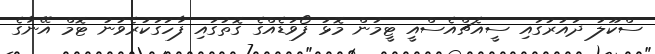
ސްކޫލު ދައުރުގައި ސީއެޗްއެސްއީ ޓީމުން މޮޅު ފޯވަޑެއްގެ ގޮތުގައި ފާހަގަކުރެވުނު ޓޮމް އޭނާގެ